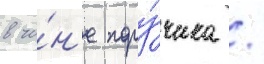
в чи́н'е пору́чика /